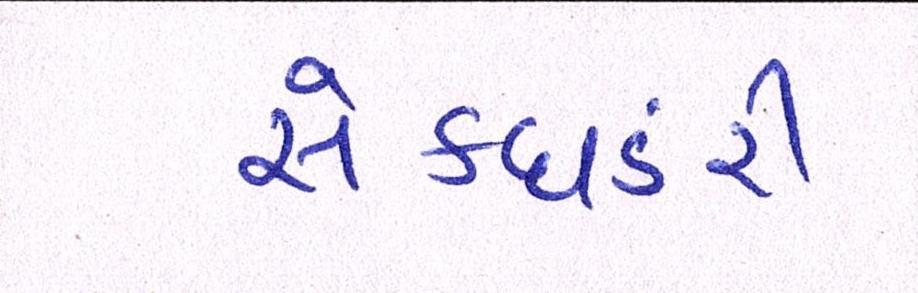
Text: સેક્ધડરી